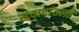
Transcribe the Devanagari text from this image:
संवादांतली